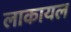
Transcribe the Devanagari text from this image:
लाकायल